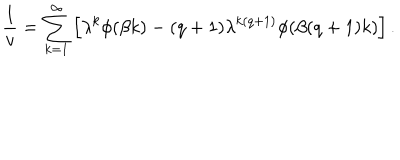
\frac 1 v = \sum _ { k = 1 } ^ { \infty } \left[ \lambda ^ { k } \phi ( \beta k ) - ( q + 1 ) \lambda ^ { k ( q + 1 ) } \phi ( \beta ( q + 1 ) k ) \right] .